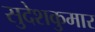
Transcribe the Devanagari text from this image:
सुदेशकुमार